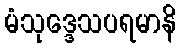
မံသုဒ္ဒေသပရမာနိ